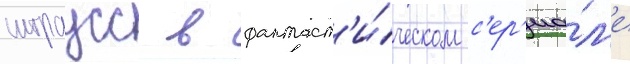
штраусс в фантаст'и́ческом с'ер'иа́л'е